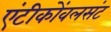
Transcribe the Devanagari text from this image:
एंटीकोंवलसंट